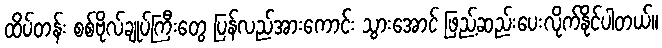
ထိပ်တန်း စစ်ဗိုလ်ချုပ်ကြီးတွေ ပြန်လည်အားကောင်း သွားအောင် ဖြည့်ဆည်းပေးလိုက်နိုင်ပါတယ်။